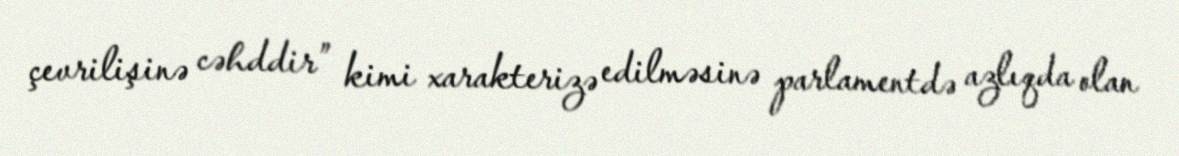
çevrilişinə cəhddir” kimi xarakterizə edilməsinə parlamentdə azlıqda olan